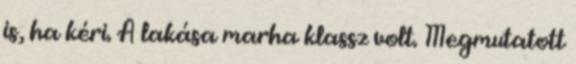
is, ha kéri. A lakása marha klassz volt. Megmutatott